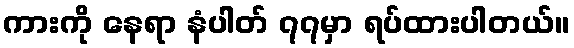
ကားကို နေရာ နံပါတ် ၇၇မှာ ရပ်ထားပါတယ်။